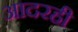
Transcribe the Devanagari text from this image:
आदरही